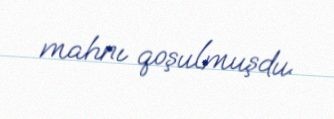
mahnı qoşulmuşdu.